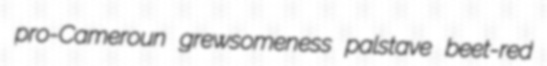
pro-Cameroun grewsomeness palstave beet-red